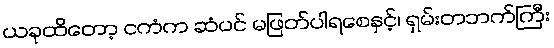
ယခုထိတော့ ငကံက ဆံပင် မဖြတ်ပါရစေနှင့်၊ ရှမ်းတဘက်ကြီး